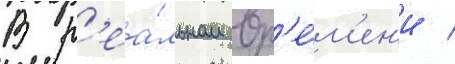
В р'еа́льном вр'е́м'ен'и /